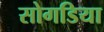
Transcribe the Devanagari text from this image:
सोगडिया